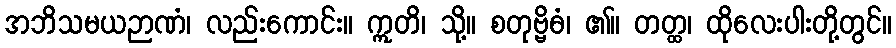
အဘိသမယဉာဏံ၊ လည်းကောင်း။ ဣတိ၊ သို့။ စတုဗ္ဗိဓံ၊ ၏။ တတ္ထ၊ ထိုလေးပါးတို့တွင်။